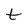
Character: t